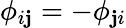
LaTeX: \phi_{i\mathbf{j}}=-\phi_{\mathbf{j}i}